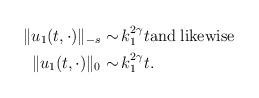
LaTeX: \begin{align*} \|u_1(t,\cdot)\|_{-s}\sim &\, k_1^{2\gamma} t {\rm and \; likewise}\\\|u_1(t,\cdot)\|_0\sim& \,k_1^{2\gamma} t.\end{align*}